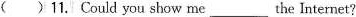
( )11. Could you show me ___ the Internet?